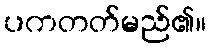
ပကတတ်မည်၏။